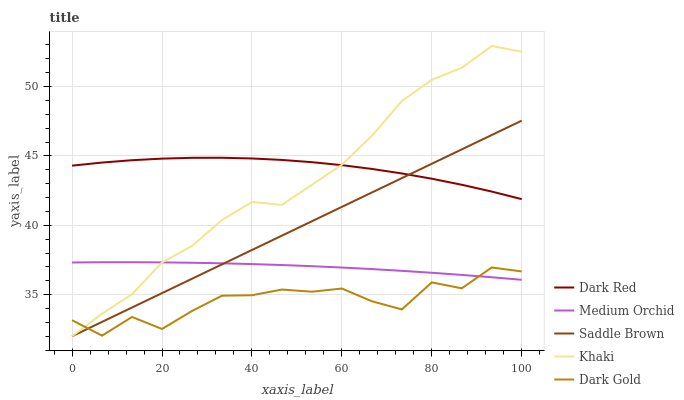
| xaxis_label | Dark Red | Medium Orchid | Saddle Brown | Khaki | Dark Gold |
 | --- | --- | --- | --- | --- | --- |
 | 0 | 44.3 | 37.3 | 32 | 32 | 33.2 |
 | 6.67 | 44.5 | 37.3 | 33 | 33.6 | 32 |
 | 13.3 | 44.7 | 37.3 | 34.1 | 35 | 33.4 |
 | 20 | 44.8 | 37.3 | 35.1 | 37.3 | 32.5 |
 | 26.7 | 44.9 | 37.3 | 36.1 | 38.5 | 33.8 |
 | 33.3 | 44.9 | 37.3 | 37.2 | 40.4 | 34.9 |
 | 40 | 44.8 | 37.2 | 38.2 | 41.7 | 35 |
 | 46.7 | 44.7 | 37.1 | 39.3 | 41.5 | 35.4 |
 | 53.3 | 44.5 | 37.1 | 40.3 | 42.9 | 35.2 |
 | 60 | 44.3 | 37 | 41.3 | 44.4 | 35.4 |
 | 66.7 | 44.1 | 36.8 | 42.4 | 46.4 | 34.5 |
 | 73.3 | 43.7 | 36.7 | 43.4 | 49 | 33.9 |
 | 80 | 43.4 | 36.6 | 44.4 | 50.5 | 35.9 |
 | 86.7 | 42.9 | 36.4 | 45.5 | 51.4 | 35.5 |
 | 93.3 | 42.4 | 36.3 | 46.5 | 52.9 | 37 |
 | 100 | 41.9 | 36.1 | 47.5 | 52.5 | 36.7 |